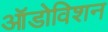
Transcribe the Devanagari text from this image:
ऑडोविशन